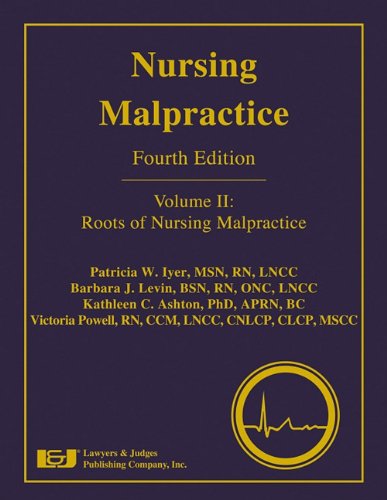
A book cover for Nursing Malpractice: Roots of Nursing Malpractice; Patricia W. Iyer; Law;